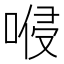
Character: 𠸬